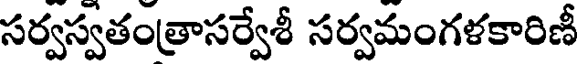
సర్వస్వతంత్రాసర్వేశీ సర్వమంగళకారిణీ